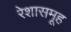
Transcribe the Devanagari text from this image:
रेशासमूह